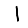
Digit: 1